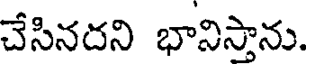
చేసినదని భానిస్తాను.